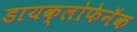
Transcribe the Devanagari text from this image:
डायक्लोफेनॅक